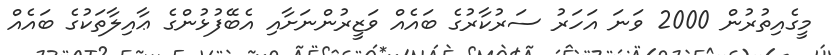
މީގެއިތުރުން 2000 ވަނަ އަހަރު ސަރުކާރުގެ ބައެއް ވަޒީރުންނަށާއި އެބޭފުޅުންގެ ޢާއިލާތަކުގެ ބައެއް